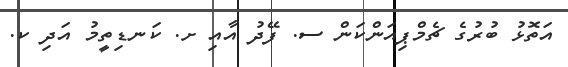
އަތޮޅު ބުރުގެ ޗެމްޕިއަންކަން ސ. ފޭދު އާއި ށ. ކަނޑިތީމު އަދި ކ.